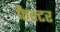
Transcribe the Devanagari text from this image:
फैक्‍टर